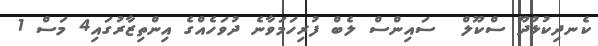
ކެނދިކުޅުދޫ ސްކޫލް  ސައިންސް ލެބް ފުރިހަމަވާނެ ދުވަހެއްގެ އިންތިޒާރުގައި4 މަސް 1